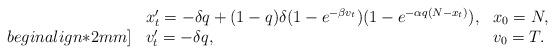
LaTeX: \begin{align*} \begin{array}{lll} &x_t'=-\delta q+(1-q)\delta(1-e^{-\beta v_t})(1-e^{-\alpha q(N-x_t)}),&x_0=N, \\begin{align*}2mm]&v_t'=-\delta q,&v_0=T.\end{array}\end{align*}